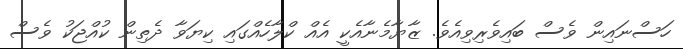
ހަސްނައިން ވެސް ބައިވެރިވިއެވެ. ޒާޔާމެނާއެކީ އެއް ކްލާހެއްގައި ކިޔަވާ ދެތިން ކުއްޖަކު ވެސް